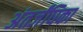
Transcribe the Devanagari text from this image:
अंतर्जंघिका